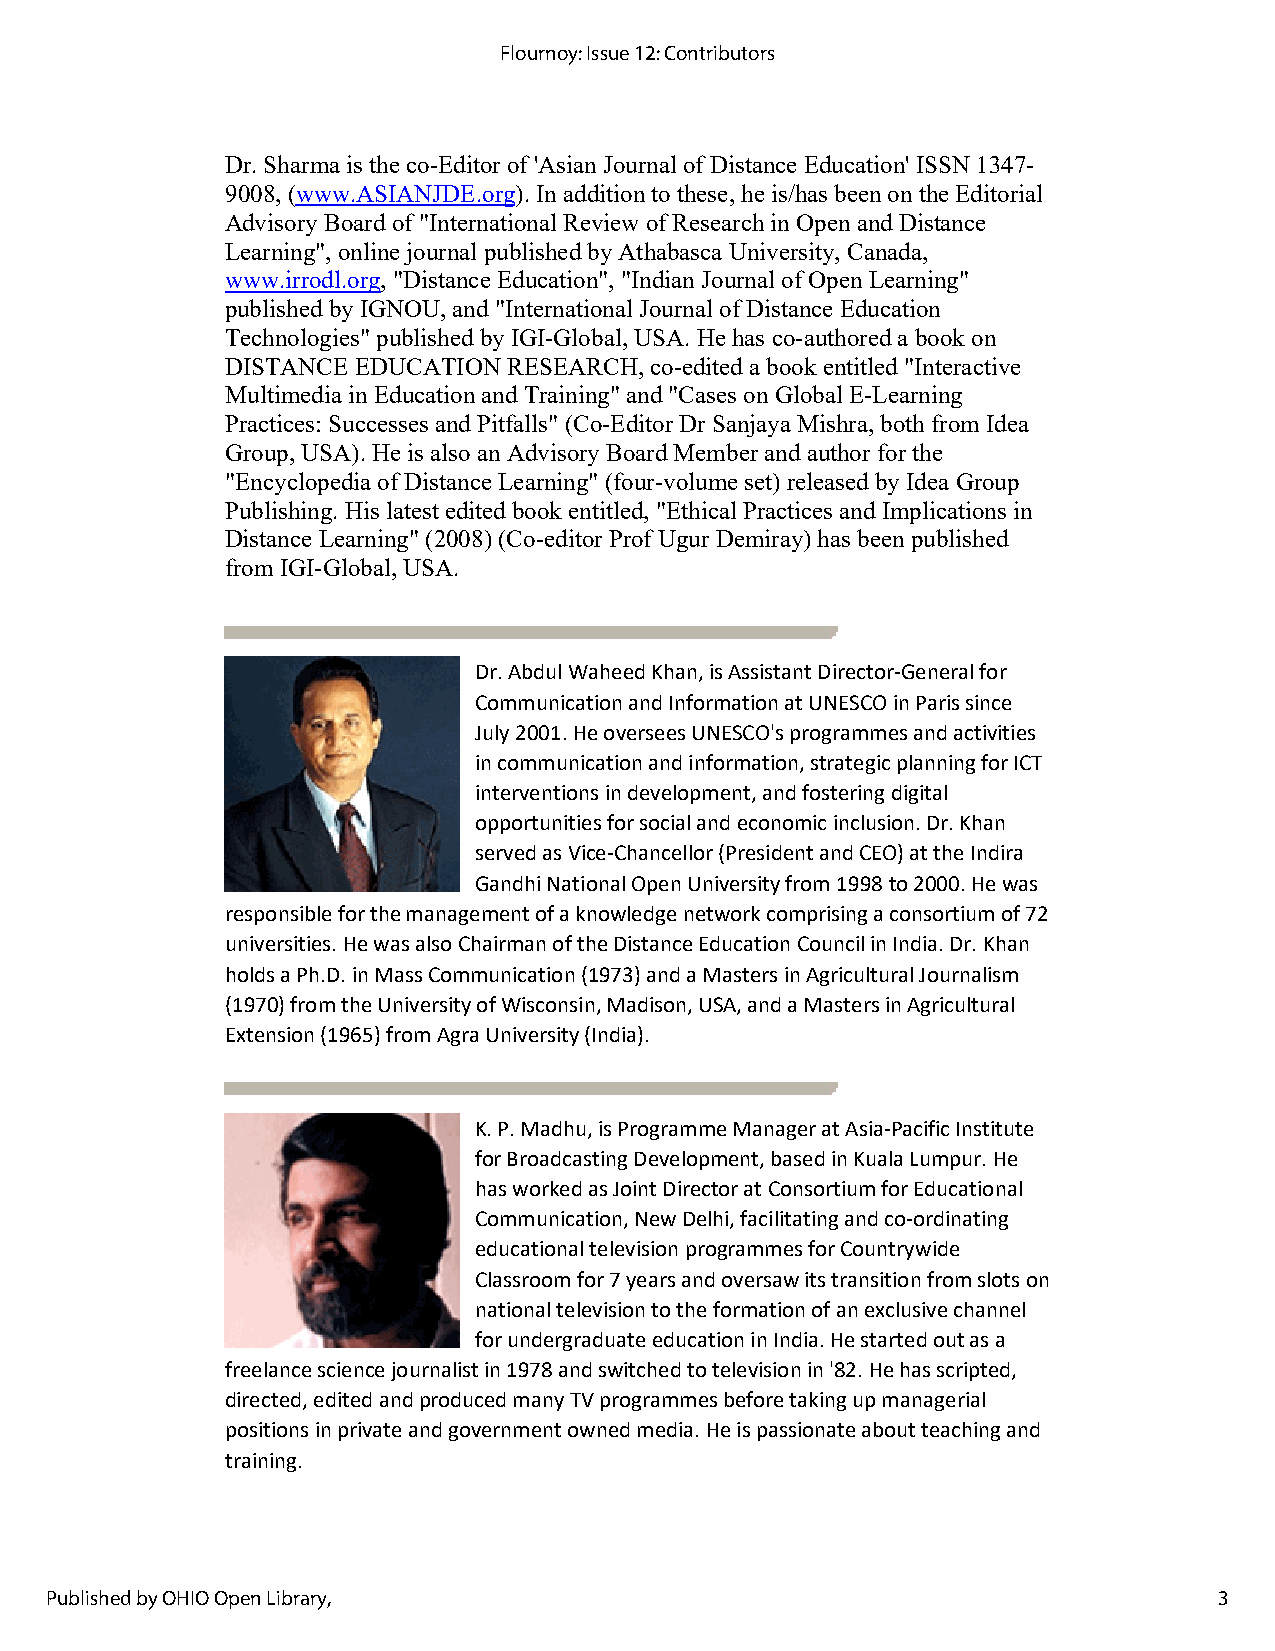
Flournoy: Issue 12: Contributors
 Dr. Sharma is the co-Editor of 'Asian Journal of Distance Education' ISSN 1347-
 9008, (www.ASIANJDE.org). In addition to these, he is/has been on the Editorial
 Advisory Board of "International Review of Research in Open and Distance
 Learning", online journal published by Athabasca University, Canada,
 www.irrodl.org, "Distance Education", "Indian Journal of Open Learning"
 published by IGNOU, and "International Journal of Distance Education
 Technologies" published by IGI-Global, USA. He has co-authored a book on
 DISTANCE EDUCATION RESEARCH, co-edited a book entitled "Interactive
 Multimedia in Education and Training" and "Cases on Global E-Learning
 Practices: Successes and Pitfalls" (Co-Editor Dr Sanjaya Mishra, both from Idea
 Group, USA). He is also an Advisory Board Member and author for the
 "Encyclopedia of Distance Learning" (four-volume set) released by Idea Group
 Publishing. His latest edited book entitled, "Ethical Practices and Implications in
 Distance Learning" (2008) (Co-editor Prof Ugur Demiray) has been published
 from IGI-Global, USA.
 Dr. Abdul Waheed Khan, is Assistant Director-General for
 Communication and Information at UNESCO in Paris since
 July 2001. He oversees UNESCO's programmes and activities
 in communication and information, strategic planning for ICT
 interventions in development, and fostering digital
 opportunities for social and economic inclusion. Dr. Khan
 served as Vice-Chancellor (President and CEO) at the Indira
 Gandhi National Open University from 1998 to 2000. He was
 responsible for the management of a knowledge network comprising a consortium of 72
 universities. He was also Chairman of the Distance Education Council in India. Dr. Khan
 holds a Ph.D. in Mass Communication (1973) and a Masters in Agricultural Journalism
 (1970) from the University of Wisconsin, Madison, USA, and a Masters in Agricultural
 Extension (1965) from Agra University (India).
 K. P. Madhu, is Programme Manager at Asia-Pacific Institute
 for Broadcasting Development, based in Kuala Lumpur. He
 has worked as Joint Director at Consortium for Educational
 Communication, New Delhi, facilitating and co-ordinating
 educational television programmes for Countrywide
 Classroom for 7 years and oversaw its transition from slots on
 national television to the formation of an exclusive channel
 for undergraduate education in India. He started out as a
 freelance science journalist in 1978 and switched to television in '82. He has scripted,
 directed, edited and produced many TV programmes before taking up managerial
 positions in private and government owned media. He is passionate about teaching and
 training.
 Published by OHIO Open Library,                                               3